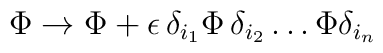
\Phi \rightarrow \Phi + \epsilon \,\delta_{i_1} \Phi\, \delta_{i_2} \ldots \Phi \delta_{i_n}